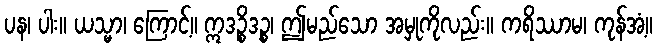
ပန၊ ပါး။ ယသ္မာ၊ ကြောင့်။ ဣဒဉ္စိဒဉ္စ၊ ဤမည်သော အမှုကိုလည်း။ ကရိဿာမ၊ ကုန်အံ့။